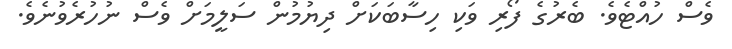
ވެސް ހުއްޓެވެ. ބެރުގެ ފޯރި ވަކި ހިސާބަކަށް ދިޔުމުން ސަލީމަށް ވެސް ނުހުރެވުނެވެ.